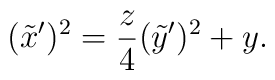
(\tilde{x}^{\prime})^2=\frac{z}{4}(\tilde{y}^{\prime})^2+y .